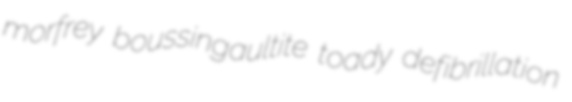
morfrey boussingaultite toady defibrillation